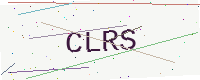
Text: CLRS